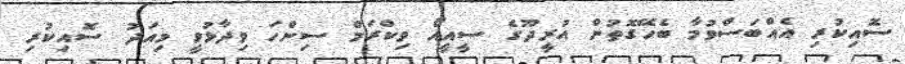
ސޮއިކުރި އެއްބަސްވުމާ ބެހޭގޮތުން އުރީދޫގެ ސީއީއޯ ވިކްރަމް ސިންހަ ވިދާޅުވީ މިއަދު ސޮއިކުރި